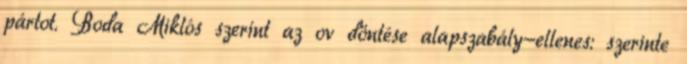
pártot. Boda Miklós szerint az ov döntése alapszabály-ellenes: szerinte